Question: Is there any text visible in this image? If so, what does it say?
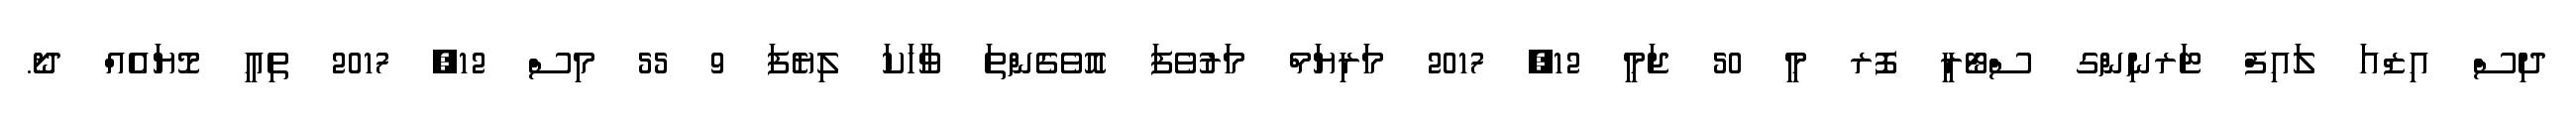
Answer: ދިސް އިޒްއަ ލައިފް ޓަރނިންގ ސްޓޯރީ ފޮރ މީ 50 ޖަމީ 12, 2017 މަރިޔަމް މަރުވެފަ އޮވެގެންތަ ވާހަކަ ލިޔެފަ 9 55 މިސް 12, 2017 ތިއީ މޮޔައެއް ދޯ.